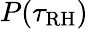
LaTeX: P(\tau_{\mathrm{RH}})